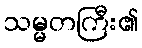
သမ္မတကြီး၏